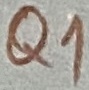
Text: Q1